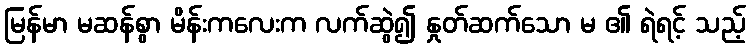
မြန်မာ မဆန်စွာ မိန်းကလေးက လက်ဆွဲ၍ နှုတ်ဆက်သော မ ၏ ရဲရင့် သည့်